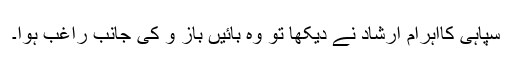
سپاہی کااہرام ارشاد نے دیکھا تو وہ بائیں باز و کی جانب راغب ہوا۔